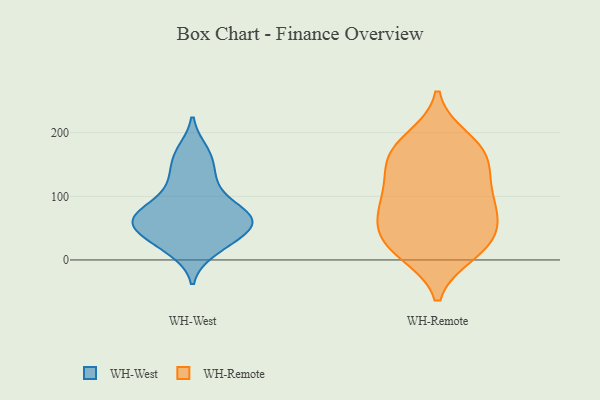
{"axis": {"x": "Demand Index", "y": "Value"}, "legend": ["WH-Remote", "WH-West"], "data": [{"x": "", "y": 29, "type": "WH-West"}, {"x": "", "y": 61, "type": "WH-West"}, {"x": "", "y": 82, "type": "WH-West"}, {"x": "", "y": 15, "type": "WH-West"}, {"x": "", "y": 157, "type": "WH-West"}, {"x": "", "y": 112, "type": "WH-West"}, {"x": "", "y": 128, "type": "WH-West"}, {"x": "", "y": 57, "type": "WH-West"}, {"x": "", "y": 171, "type": "WH-West"}, {"x": "", "y": 55, "type": "WH-West"}, {"x": "", "y": 32, "type": "WH-West"}, {"x": "", "y": 66, "type": "WH-West"}, {"x": "", "y": 76, "type": "WH-West"}, {"x": "", "y": 62, "type": "WH-West"}, {"x": "", "y": 179, "type": "WH-Remote"}, {"x": "", "y": 154, "type": "WH-Remote"}, {"x": "", "y": 88, "type": "WH-Remote"}, {"x": "", "y": 44, "type": "WH-Remote"}, {"x": "", "y": 163, "type": "WH-Remote"}, {"x": "", "y": 190, "type": "WH-Remote"}, {"x": "", "y": 118, "type": "WH-Remote"}, {"x": "", "y": 17, "type": "WH-Remote"}, {"x": "", "y": 74, "type": "WH-Remote"}, {"x": "", "y": 38, "type": "WH-Remote"}, {"x": "", "y": 61, "type": "WH-Remote"}, {"x": "", "y": 89, "type": "WH-Remote"}, {"x": "", "y": 163, "type": "WH-Remote"}, {"x": "", "y": 19, "type": "WH-Remote"}, {"x": "", "y": 118, "type": "WH-Remote"}, {"x": "", "y": 11, "type": "WH-Remote"}]}